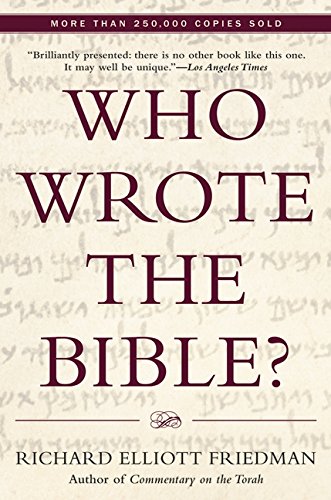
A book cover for Who Wrote the Bible?; Richard Elliott Friedman; Reference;